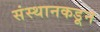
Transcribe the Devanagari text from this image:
संस्थानकडून